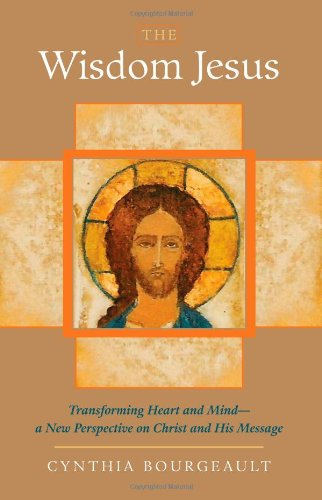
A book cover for The Wisdom Jesus: Transforming Heart and Mind--A New Perspective on Christ and His Message; Cynthia Bourgeault; History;